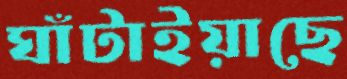
ঘাঁটাইয়াছে